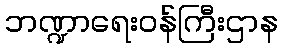
ဘဏ္ဍာရေးဝန်ကြီးဌာန